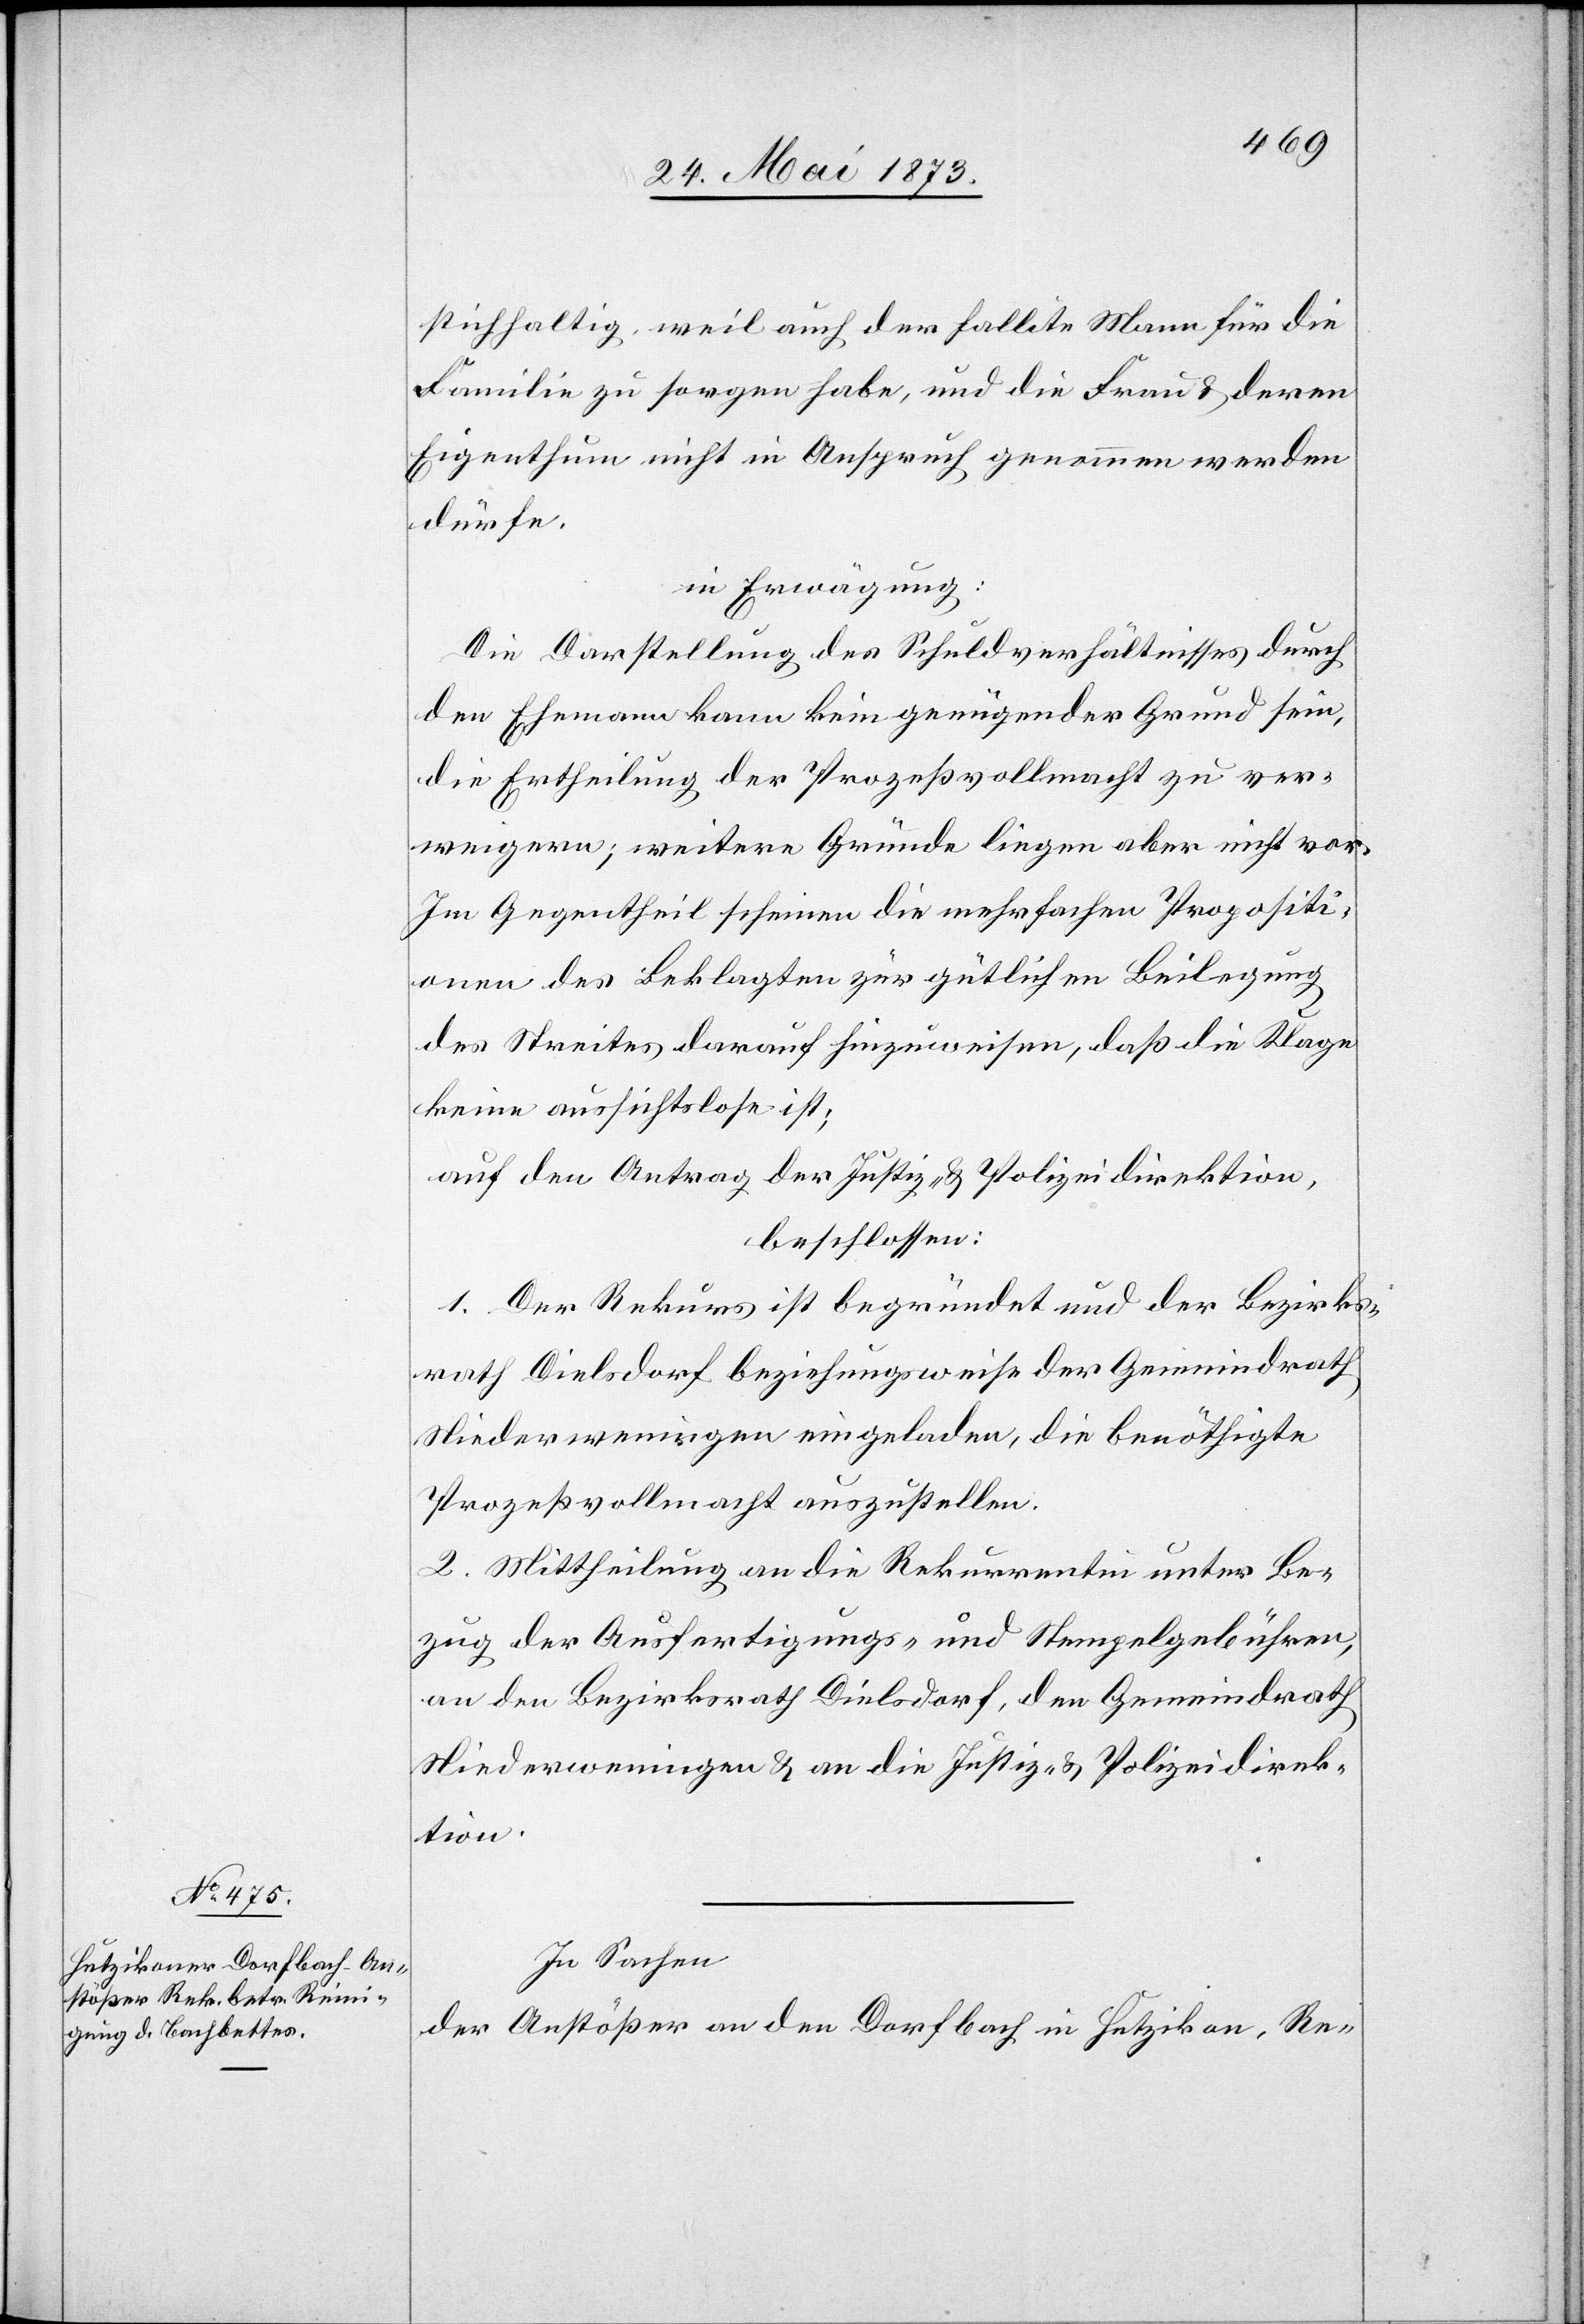
stichhaltig, weil auch der fallite Mann für die
Familie zu sorgen habe, und die Frau & deren
Eigenthum nicht in Anspruch genommen werden
dürfe.
in Erwägung:
Die Darstellung des Schuldverhältnisses durch
den Ehemann kann kein genügender Grund sein,
die Ertheilung der Prozeßvollmacht zu ver¬
weigern; weitere Gründe liegen aber nicht vor.
Im Gegentheil scheinen die mehrfachen Propositi¬
onen des Beklagten zur gütlichen Beilegung
des Streites darauf hinzuweisen, daß die Klage
keine aussichtslose ist;
auf den Antrag der Justiz- & Polizeidirektion,
beschlossen:
1. Der Rekurs ist begründet und der Bezirks¬
rath Dielsdorf beziehungsweise der Gemeindrath
Niederweningen eingeladen, die benöthigte
Prozeßvollmacht auszustellen.
2. Mittheilung an an die Rekurrentin unter Be¬
zug der Ausfertigungs- und Stempelgebühren,
an den Bezirksrath Dielsdorf, den Gemeindrath
Niederweningen & an die Justiz- & Polizeidirek¬
tion.
In Sachen
der Anstößer an den Dorfbach in Hutzikon, Re-